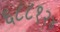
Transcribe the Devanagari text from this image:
६८८१२४